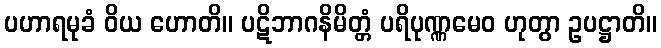
ပဟာရမုခံ ဝိယ ဟောတိ။ ပဋိဘာဂနိမိတ္တံ ပရိပုဏ္ဏမေဝ ဟုတွာ ဥပဋ္ဌာတိ။